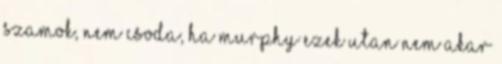
szamok, nem csoda, ha Murphy ezek utan nem akar